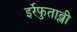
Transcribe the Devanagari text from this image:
इर्रेफुताब्ली